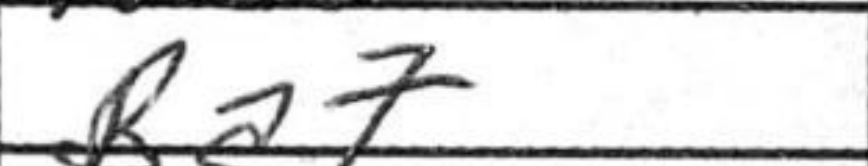
Transcription: Ba7